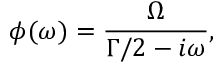
\phi ( \omega ) = \frac { \Omega } { \Gamma / 2 - i \omega } ,